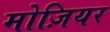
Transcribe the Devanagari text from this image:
मोज़ियर